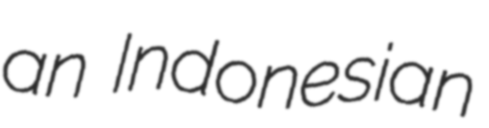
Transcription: an Indonesian